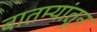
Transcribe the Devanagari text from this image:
बातम्यांतून